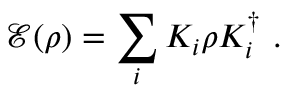
\mathcal { E } ( \rho ) = \sum _ { i } K _ { i } \rho K _ { i } ^ { \dagger } \ .